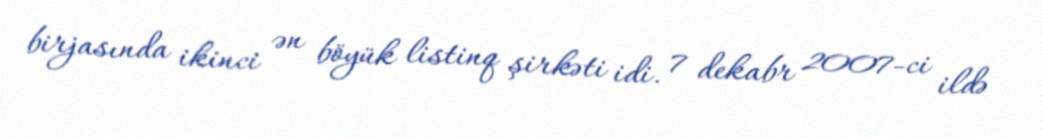
birjasında ikinci ən böyük listinq şirkəti idi. 7 dekabr 2007-ci ildə